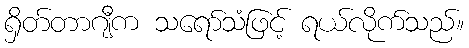
ရှိတ်တာဂျီက သရော်သံဖြင့် ရယ်လိုက်သည်။